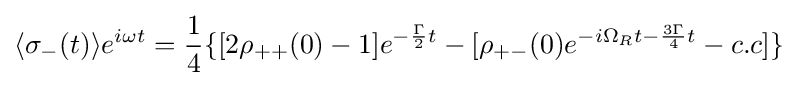
\langle \sigma _{-}(t)\rangle e^{i\omega t}={\frac {1}{4}}\{[2\rho _{++}(0)-1]e^{-{\frac {\Gamma }{2}}t}-[\rho _{+-}(0)e^{-i\Omega _{R}t-{\frac {3\Gamma }{4}}t}-c.c]\}